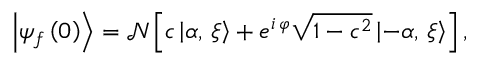
\left| \psi _ { f } \left( 0 \right) \right\rangle = \mathcal { N } \left[ c \left| \alpha , \, \xi \right\rangle + e ^ { i \, \varphi } \sqrt { 1 - c ^ { 2 } } \left| - \alpha , \, \xi \right\rangle \right] ,